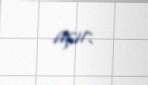
açır.